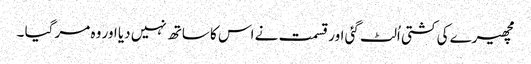
مچھیرے کی کشتی اُلٹ گئی اور قسمت نے اس کا ساتھ نہیں دیا اور وہ مر گیا ۔